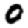
Digit: 0